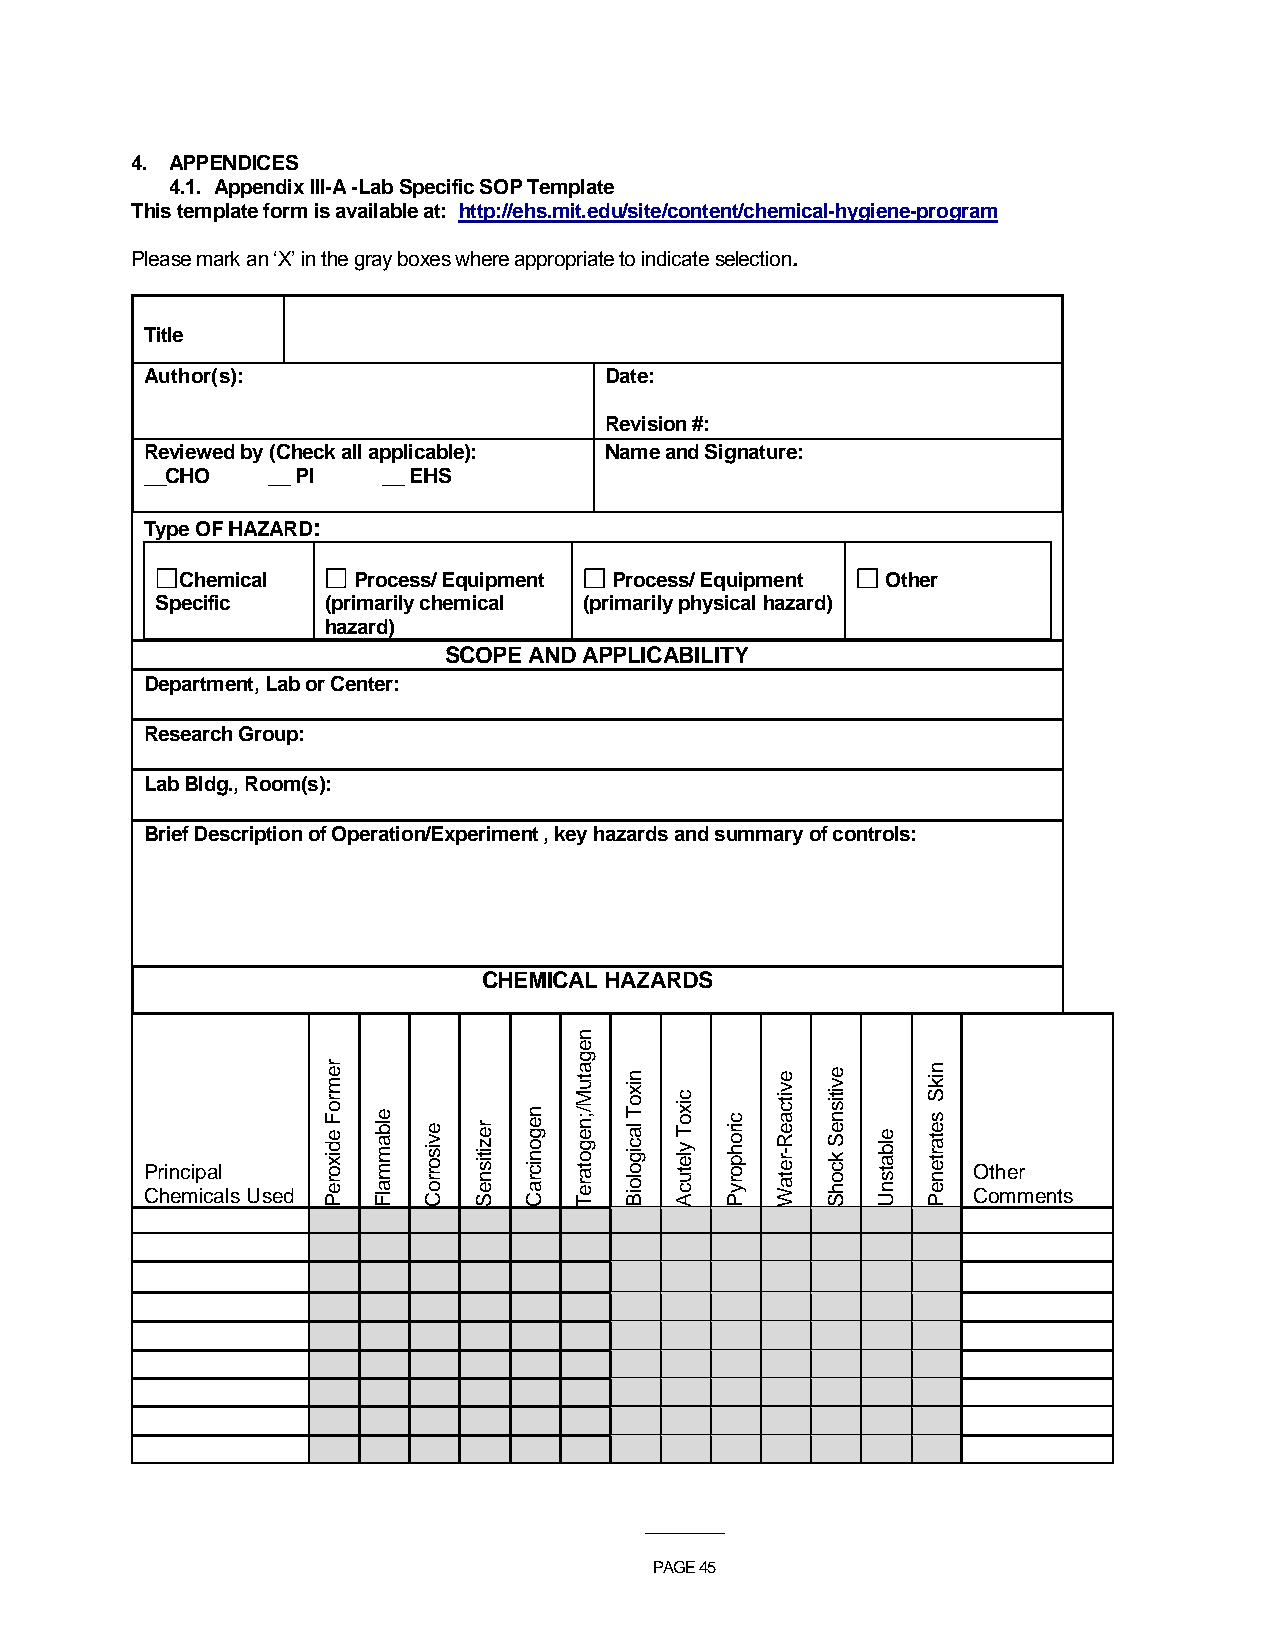
4. APPENDICES
 4.1. Appendix III-A -Lab Specific SOP Template
 This template form is available at: http://ehs.mit.edu/site/content/chemical-hygiene-program
 Please mark an ‘X’ in the gray boxes where appropriate to indicate selection.
 Title
 Author(s):                    Date:
 Revision #:
 Reviewed by (Check all applicable): N a m e and Signature:
 __CHO   __ PI  __ EHS
 Type OF HAZARD:
 Chemical   Process/ Equipment Process/ Equipment Other
 Specific   (primarily chemical (primarily physical hazard)
 hazard)
 SCOPE AND APPLICABILITY
 Department, Lab or Center:
 Research Group:
 Lab Bldg., Room(s):
 Brief Description of Operation/Experiment , key hazards and summary of controls:
 CHEMICAL HAZARDS
 n
 e
 P Cr hin ec mip ica al ls Used r e m r o F e d ix o r e P e lb a m m a lF e v is o rr o C r e z itis n e S n e g o n ic r a C
 g
 a tu M /;n e g o ta r e T n ix o T la c ig o lo iB c ix o T y le tu c A c ir o h p o r y P e v i rt ec a tae WR - e v itis n e S k c o h S e lb a ts n U n ik S s e ta r te n e P O Coth me mr ents
 ___________
 PAGE 45